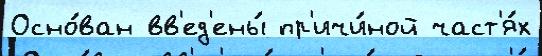
Осно́ван вв'ед'ены́ пр'ичи́ной част'я́х